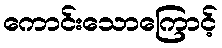
ကောင်းသောကြောင့်